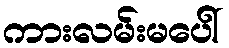
ကားလမ်းမပေါ်